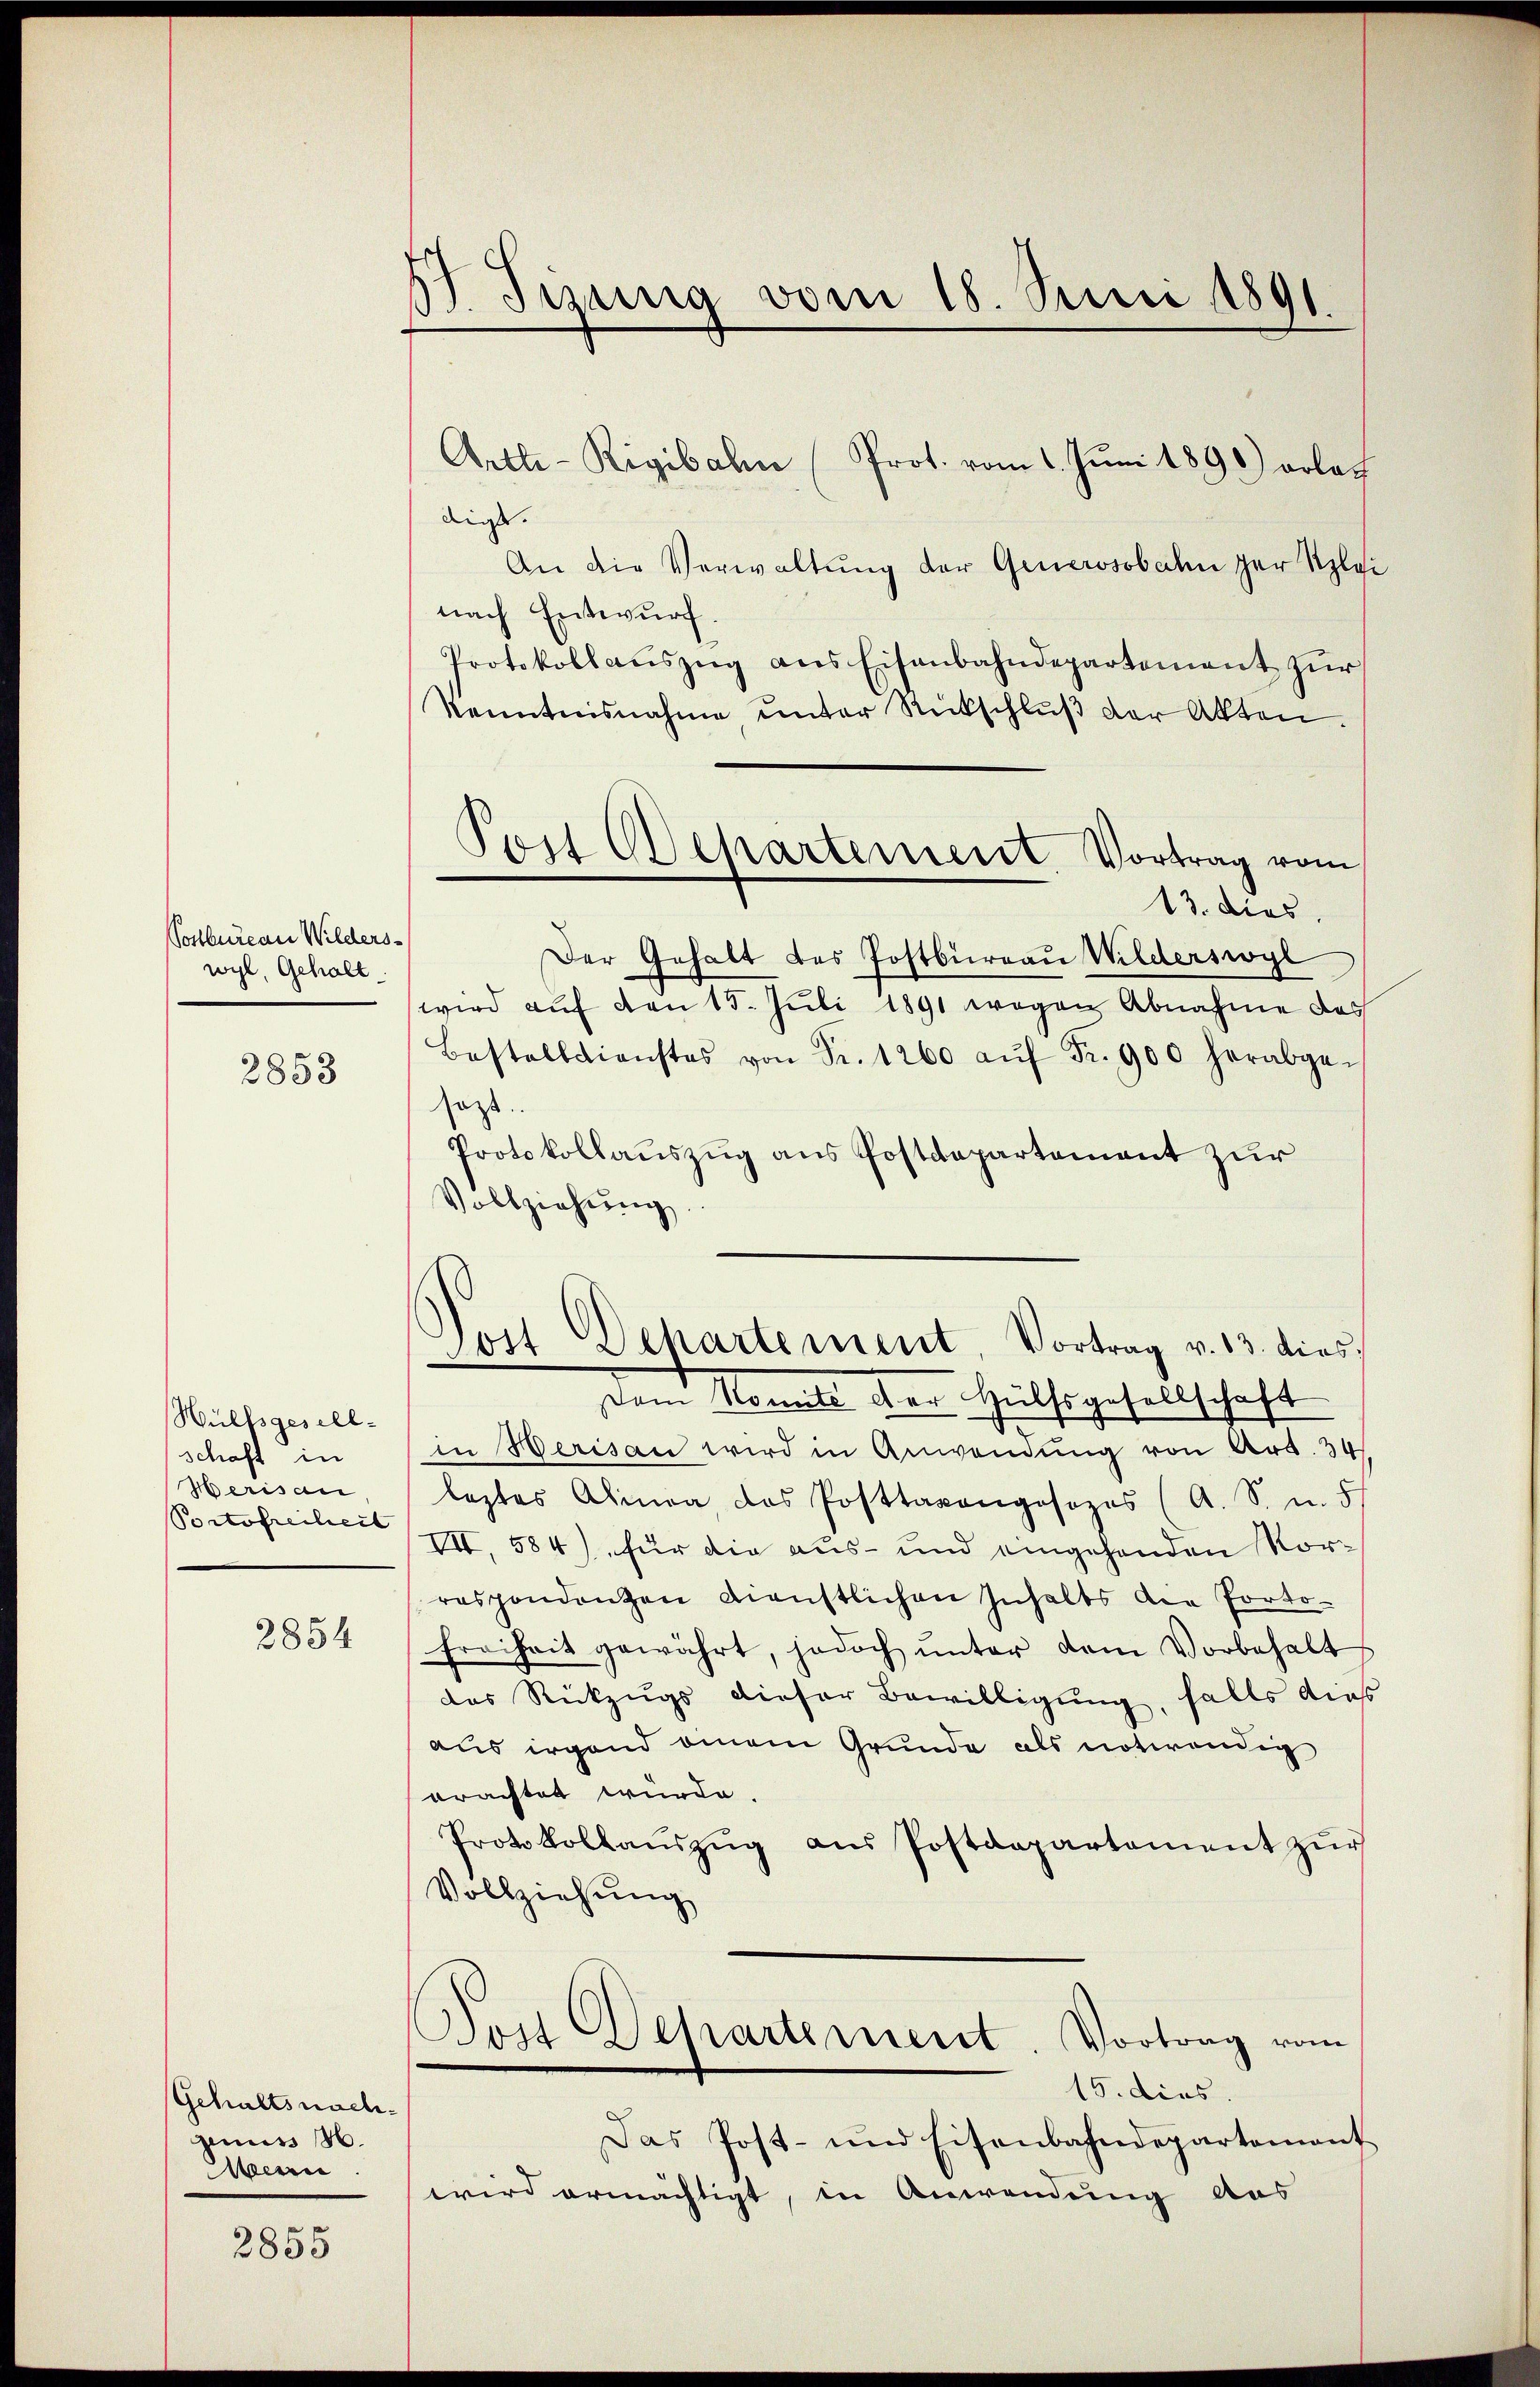
osbureau Wilderswyl, Gehalt

2853

Hülfsgesellschaft in
Herisau
Portofreiheit

2854

Gehaltsnachgenuss M.
eri

2855

67. Jizung vom 18. Juni 1891.

Artle-Rigibahn (Prot. vom 1. Juni 1890) erlag
digt.
An die Verwaltŭng der Generosobahn zur Rplai
nach Entwurf.
Protokollaŭszŭg ans Eisenbahndepartement zŭr
Kenntnisnahme unter Rückschlŭβ der Akten.
Der Gehalt des Postbureau Wilderswyl
wird auf den 15. Juli 1891 wegen Abnahme das
Bestelldienstes von Fr. 1260 aŭf Fr. 900 herabge-
sagt.
Protokollauszug aus Postdepartement zur
Vollziehŭng.
Tott Departement, Vortrag v. 13. dies
Dem Nomité der Hülfsgesellschaft
in Werisau wird in Anwendŭng von Art. 34
leztes Alinea das Posttaxangesezes (A. S. u. 5
VII, 584) für die aus- und eingehenden Vorrespondenzen Dienstlichen Inhalts die Porto-
Freiheit gewährt, jedoch ŭnter dem Vorbehalt
das Rückzugs dieser Bewilligung, falls dies
aus irgend einem Grunde als notwendig
orachtet wurde.
Protokollaŭszŭg aŭs Postdepartament zŭr
Vollziehung
Post Separtement. Vortrag vom
15. dies
Das Post- und Eisenbahndepartement
wird ermächtigt, in Anwendung das

Post Departement. Vortrag vom
13. dies

e